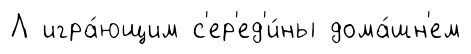
Л игра́ющим с'ер'ед'и́ны дома́шн'ем